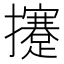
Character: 攓